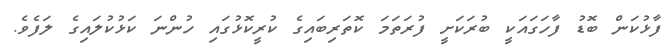
ފާޅުކަން ބޮޑު ފާހަގައަކީ ބުރަކަށީ ފުރަތަމަ ކޮތަރިބައިގެ ކުރީކޮޅުގައި ހުންނަ ކަޅުކުލައިގެ ލަފެވެ.